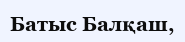
Батыс Балқаш,